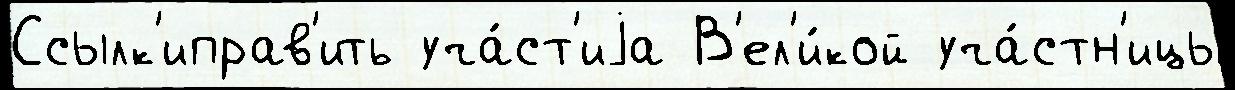
Ссылк'иправ'ить уча́ст'иjа В'ел'и́кой уча́стн'ицы